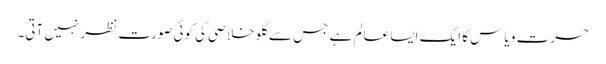
حسرت و یاس کا ایک ایسا عالم ہے جس سے گلو خلاصی کی کوئی صورت نظر نہیں آتی۔